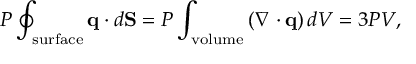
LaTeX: P \oint _ { \mathrm { s u r f a c e } } \mathbf { q } \cdot d \mathbf { S } = P \int _ { \mathrm { v o l u m e } } \left( \nabla \cdot \mathbf { q } \right) d V = 3 P V ,